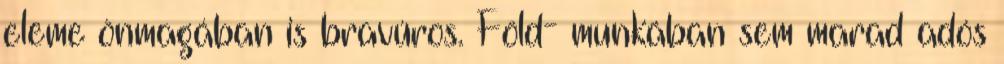
eleme önmagában is bravúros. Föld- munkában sem marad adós